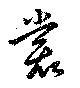
裳